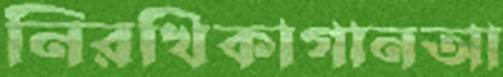
নিরখিকাগানআ